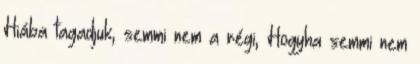
Hiába tagadjuk, semmi nem a régi, Hogyha semmi nem